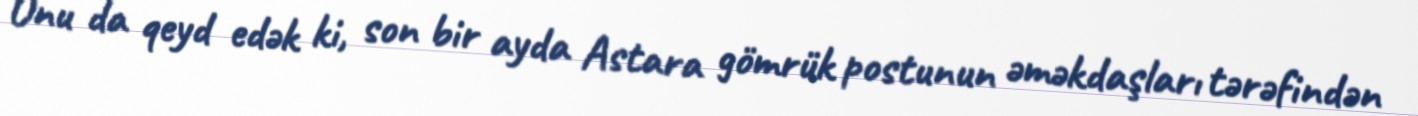
Onu da qeyd edək ki, son bir ayda Astara gömrük postunun əməkdaşları tərəfindən